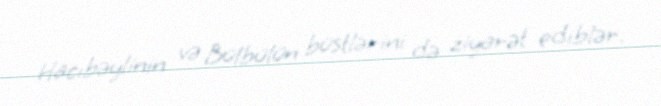
Hacıbəylinin və Bülbülün büstlərini də ziyarət ediblər.